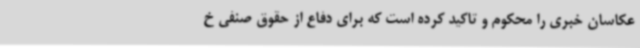
عکاسان خبری را محکوم و تاکید کرده است که برای دفاع از حقوق صنفی خ